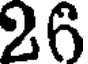
26